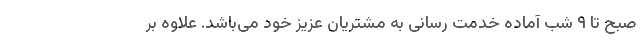
صبح تا ۹ شب آماده خدمت رسانی به مشتریان عزیز خود می­باشد. علاوه بر